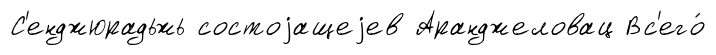
С'енджюрадьжь состоjащеjев Аранджеловац Вс'его́